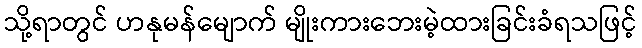
သို့ရာတွင် ဟနုမန်မျောက် မျိုးကားဘေးမဲ့ထားခြင်းခံရသဖြင့်